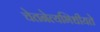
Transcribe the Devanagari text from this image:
चेतनेत्यभिधीयते